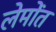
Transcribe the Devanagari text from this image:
लेमोंत